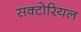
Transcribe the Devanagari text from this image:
सक्टोरियल